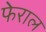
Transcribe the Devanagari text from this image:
फेराल